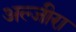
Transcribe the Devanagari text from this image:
अल्जीरा